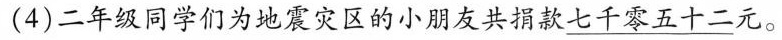
(4)二年级同学们为地震灾区的小朋友共捐款 \underline{七千零五十二}元。